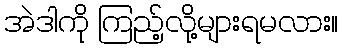
အဲဒါကို ကြည့်လို့များရမလား။